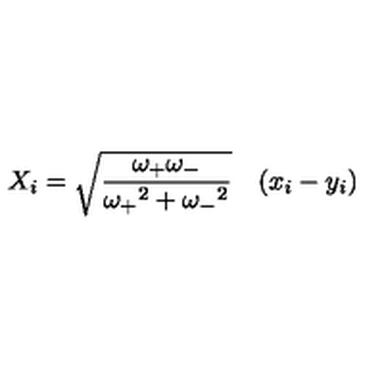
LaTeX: X _ { i } = { \sqrt { \frac { \omega _ { + } \omega _ { - } } { { \omega _ { + } } ^ { 2 } + { \omega _ { - } } ^ { 2 } } } } \quad ( x _ { i } - y _ { i } )